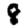
Digit: 8